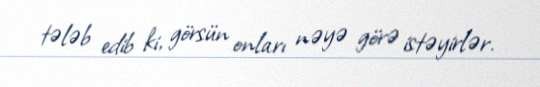
tələb edib ki, görsün onları nəyə görə istəyirlər.